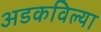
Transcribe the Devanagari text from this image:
अडकविल्या